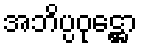
အဘိပ္ပဝုဋ္ဌော